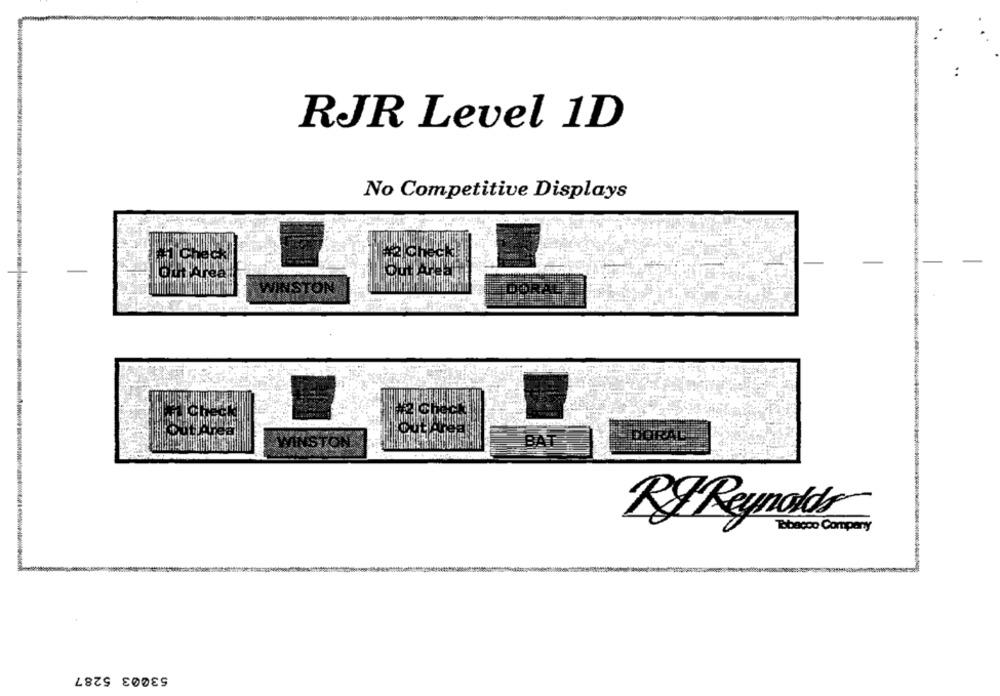
RJR Level 1D
No Competitive Displays
WINSTON
DORAL
BAT
RF Reynolds
Tobacco Company
53003 5287